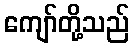
ကျော်တို့သည်